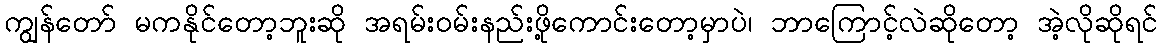
ကျွန်တော် မကနိုင်တော့ဘူးဆို အရမ်းဝမ်းနည်းဖို့ကောင်းတော့မှာပဲ၊ ဘာကြောင့်လဲဆိုတော့ အဲ့လိုဆိုရင်